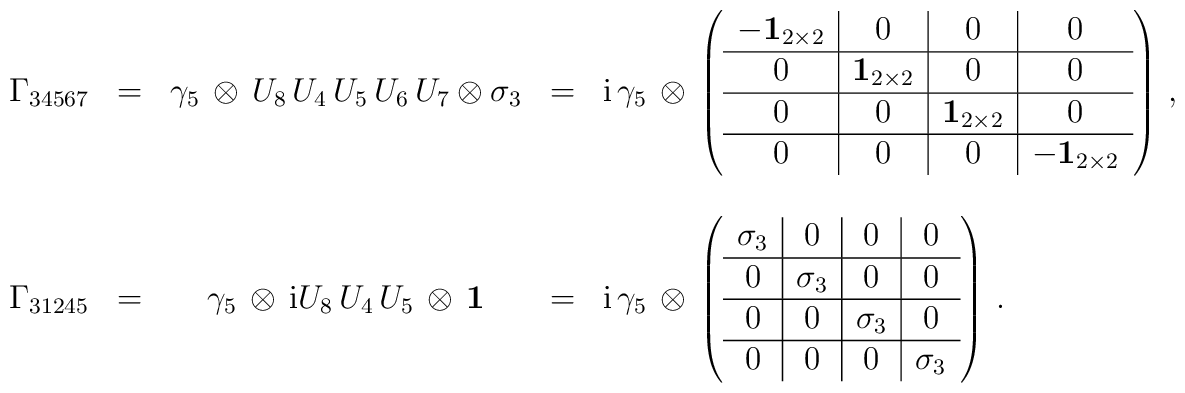
\begin{array}{rcccl}\Gamma_{34567} & = & \gamma_5 \, \otimes \, U_8 \, U_4 \, U_5 \, U_6 \, U_7\otimes \sigma_3 &=&{\rm i} \, \gamma_5 \, \otimes \, \left( \begin{array}{c|c|c|c} - {\bf 1}_{2\times 2} & 0 & 0 & 0 \\  \hline  0 &  {\bf 1}_{2\times 2} & 0 & 0 \\  \hline  0 & 0 &  {\bf 1}_{2\times 2} & 0 \\  \hline  0 & 0 & 0 &  - {\bf 1}_{2\times 2}\end{array}\right)\,,\\\null & \null & \null & \null & \null \\\Gamma_{31245} & = & \gamma_5 \, \otimes \,{\rm i} U_8 \, U_4 \, U_5 \,\otimes \, {\bf 1} &=&{\rm i} \, \gamma_5 \, \otimes \, \left( \begin{array}{c|c|c|c} \sigma_3 & 0 & 0 & 0 \\  \hline  0 &  \sigma_3 & 0 & 0 \\  \hline  0 & 0 &  \sigma_3 & 0 \\  \hline  0 & 0 & 0 &  \sigma_3\end{array}\right)\,.\\\end{array}